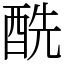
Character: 酰